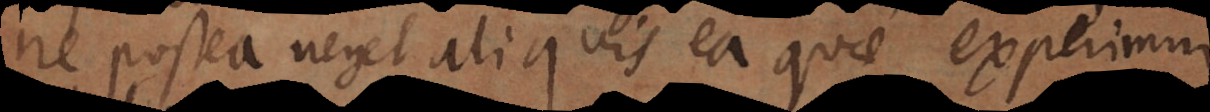
ne postea neget aliquis ea quae experimur